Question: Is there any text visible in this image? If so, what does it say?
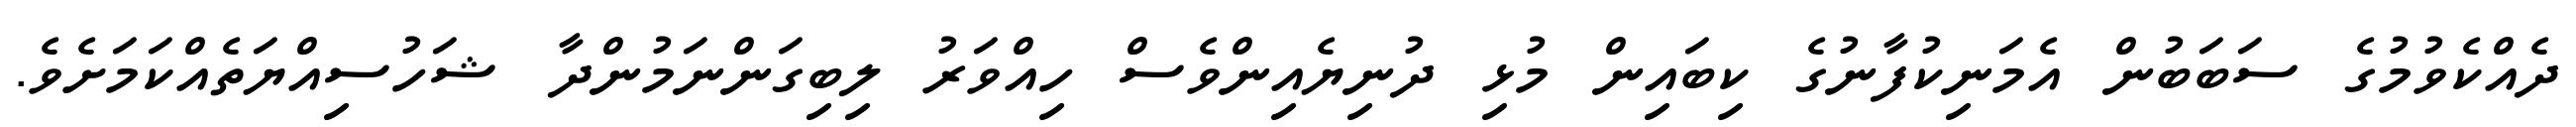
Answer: ދެއްކެވުމުގެ ސަބަބުން އެމަނިކުފާނުގެ ކިބައިން މުޅި ދުނިޔެއިންވެސް ހިއްވަރު ލިބިގަންނަމުންދާ ޝަހުސިއްޔަތެއްކަމަށެވެ.